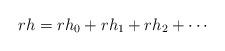
LaTeX: \begin{align*} r h = r h_0 + r h_1 + r h_2 + \cdots\end{align*}